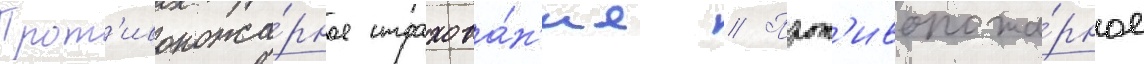
Прот'ивопожа́рное страхова́н'ие // Прот'ивопожа́рное